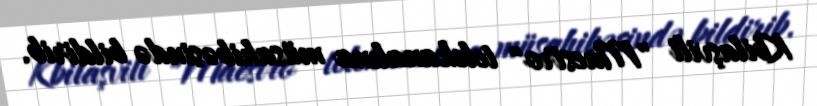
Kbilaşvili "Maestro" telekanalına müsahibəsində bildirib.